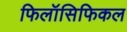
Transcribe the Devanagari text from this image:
फिलॉसिफिकल